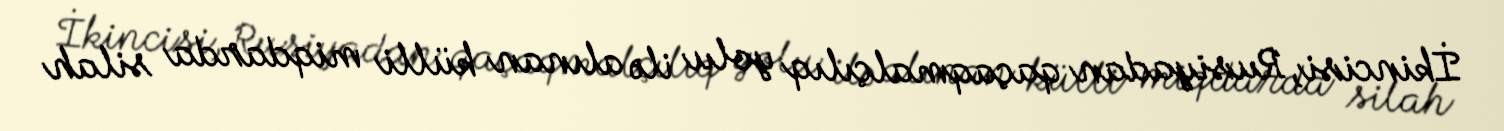
İkincisi, Rusiyadan qaçaqmalçılıq yolu ilə alınan külli miqdarda silah